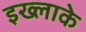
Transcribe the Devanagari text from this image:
इख्लाके